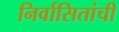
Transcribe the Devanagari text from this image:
निर्वासितांची